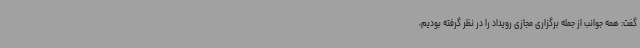
گفت: همه جوانب از جمله برگزاری مجازی رویداد را در نظر گرفته بودیم،